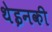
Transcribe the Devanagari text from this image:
थेइनकी